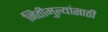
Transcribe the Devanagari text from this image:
नितीमुल्यांसाठी